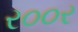
ર૦૦ર